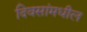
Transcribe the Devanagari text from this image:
दिवसांमधील